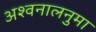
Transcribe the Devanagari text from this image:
अश्वनालनुमा